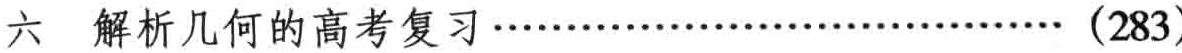
六 解析几何的高考复习……………………………（283）